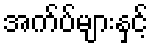
အက်ပ်များနှင့်